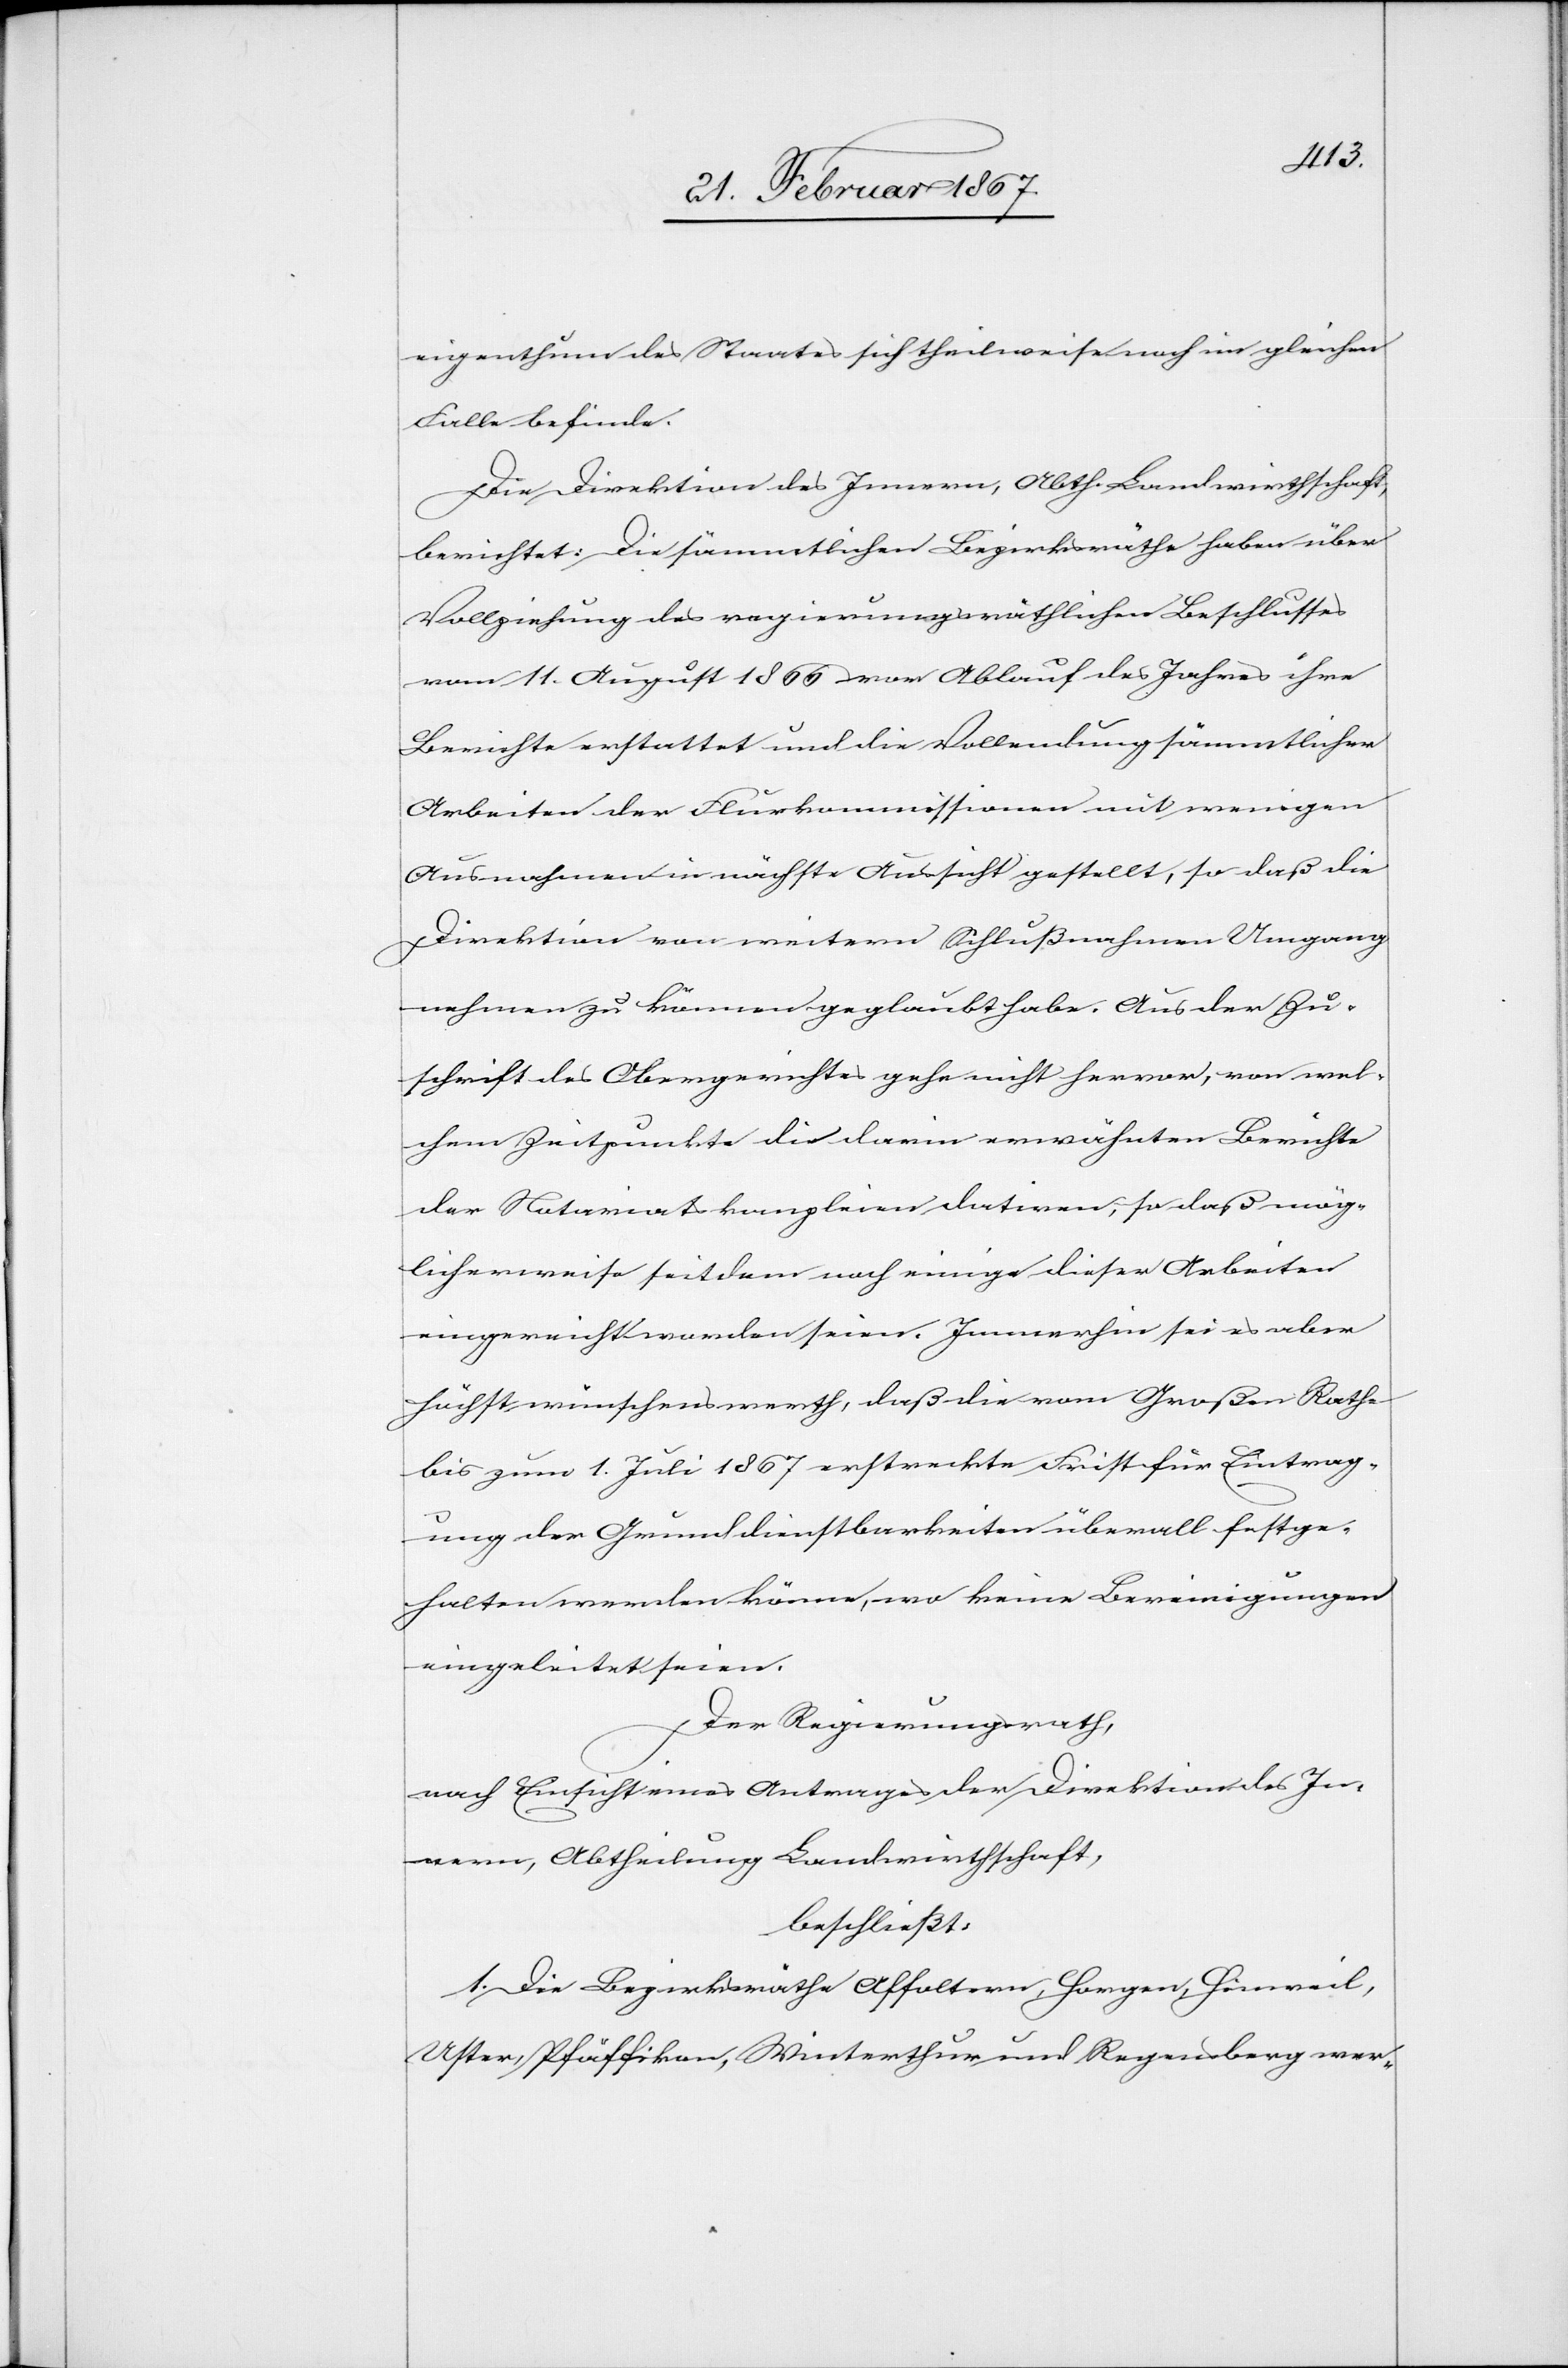
eigenthum des Staates sich theilweise noch im gleichen
Falle befinde.
Die Direktion des Innern, Abth. Landwirthschaft,
berichtet: Die sämmtlichen Bezirksräthe haben über
Vollziehung des regierungsräthlichen Beschlusses
vom 11. August 1866 vor Ablauf des Jahres ihre
Berichte erstattet und die Vollendung sämmtlicher
Arbeiten der Flurkommissionen mit wenigen
Ausnahmen in nächste Aussicht gestellt, so daß die
Direktion vor weitern Schlußnahmen Umgang
nehmen zu können geglaubt habe. Aus der Zu¬
schrift des Obergerichtes gehe nicht hervor, von wel¬
chem Zeitpunkte die darin erwähnten Berichte
der Notariatskanzleien datiren, so daß mög¬
licherweise seitdem noch einige dieser Arbeiten
eingereicht worden seien. Immerhin sei es aber
höchst wünschenswerth, daß die vom Großen Rathe
bis zum 1. Juli 1867 erstreckte Frist für Eintrag¬
ung der Grunddienstbarkeiten überall festge¬
halten werden könne, wo keine Bereinigungen
eingeleitet seien.
Der Regierungsrath,
nach Einsicht eines Antrages der Direktion des In¬
nern, Abtheilung Landwirthschaft,
beschließt:
1. Die Bezirksräthe Affoltern, Horgen, Hinweil,
Uster, Pfäffikon, Winterthur und Regensberg wer-